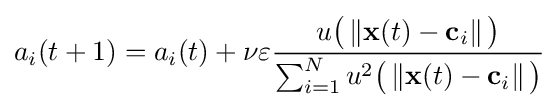
a_{i}(t+1)=a_{i}(t)+\nu \varepsilon {\frac {u{\big (}\left\Vert \mathbf {x} (t)-\mathbf {c} _{i}\right\Vert {\big )}}{\sum _{i=1}^{N}u^{2}{\big (}\left\Vert \mathbf {x} (t)-\mathbf {c} _{i}\right\Vert {\big )}}}